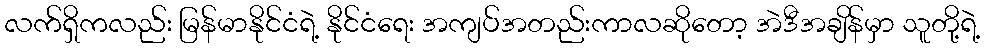
လက်ရှိကလည်း မြန်မာနိုင်ငံရဲ့ နိုင်ငံရေး အကျပ်အတည်းကာလဆိုတော့ အဲဒီအချိန်မှာ သူတို့ရဲ့